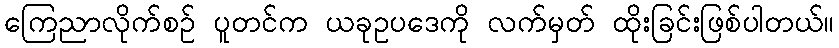
ကြေညာလိုက်စဉ် ပူတင်က ယခုဥပဒေကို လက်မှတ် ထိုးခြင်းဖြစ်ပါတယ်။